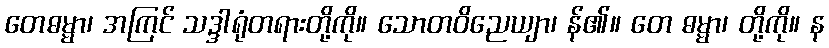
တေဓမ္မာ၊ အကြင် သဒ္ဒါရုံတရားတို့ကို။ သောတဝိညေယျာ၊ န်၏။ တေ ဓမ္မာ၊ တို့ကို။ န